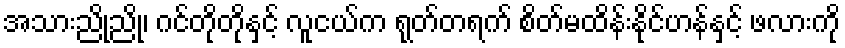
အသားညိုညို၊ ဂင်တိုတိုနှင့် လူငယ်က ရုတ်တရက် စိတ်မထိန်းနိုင်ဟန်နှင့် ဖလားကို